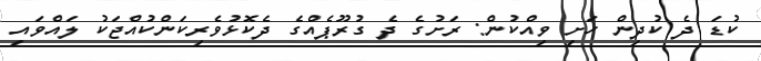
ކުޑަ ދެ ކުދިން ހަށި ވިއްކުން: ރަށުގެ ދެ ގުރޫޕެއްގެ ދެކޮޅުވެރިކަންކުއްޖަކު ލައްވައި